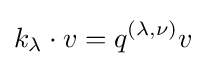
k_{\lambda }\cdot v=q^{(\lambda ,\nu )}v